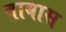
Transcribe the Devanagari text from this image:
बाबास